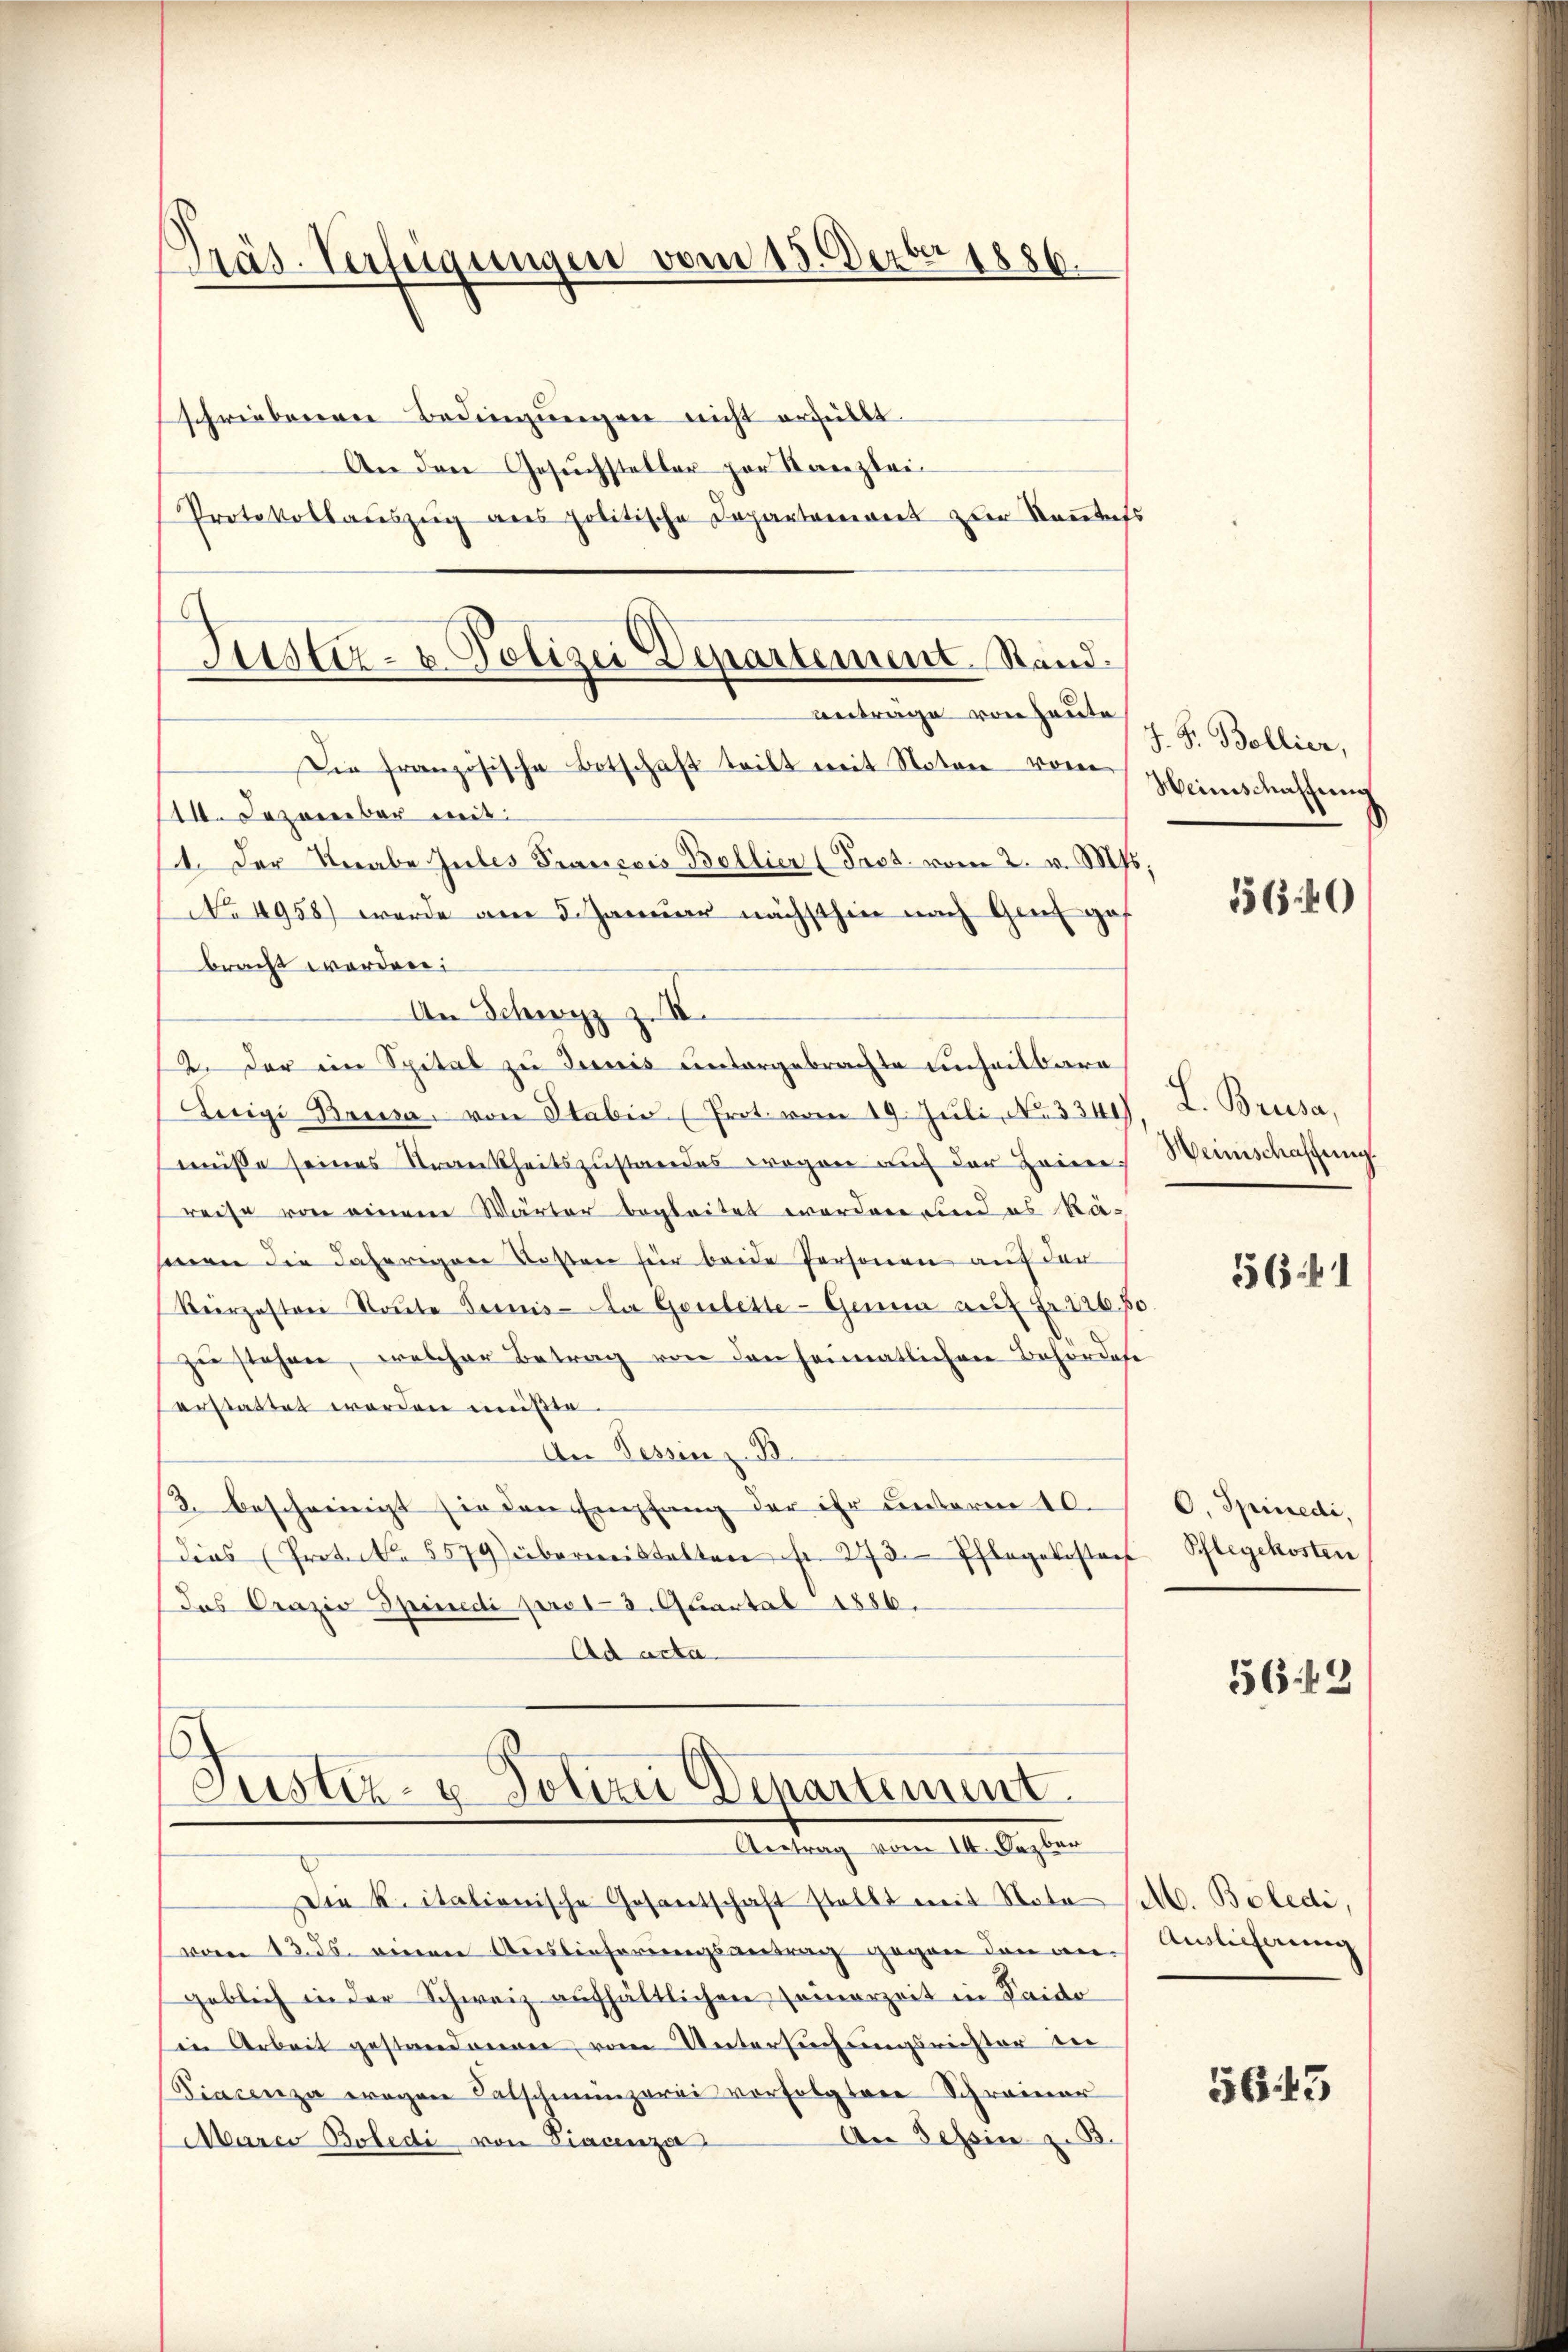
sschriebenen Bedingŭngen nicht erfüllt
An den Gesŭchsteller par Kanzlei-
Protokollauszug aus politische Departement zur Kautets

Präs. Verfügungen vom 15. Dezbr 1886.

Anträge von heute
Die französische Botschaft teilt mit Noten vom
10. Jezoceeber mit
1. Der Knabe Jubes Prançois Bellier (Pass. vom 2. v. Mts.
No 4958) wurde am 5. Januar nächsthin nach Genf ga
bracht worden:
An Schwyz z. B.
2. Der ein Spital zu Jenis untergebrachte unheilbare
Luigi Bressa von Stabis (Prot. vom 19. Juli, No. 334)
müsse seines Krankheitszustandes wegen auf der Heimreise von einem Wärter begleitet worden und es Rasenen die daherigen Kosten für beide Personen auf der
Kerzestrei Soute Bernis - Da Goulette - Genua auf Fr. 126. 50
zu stehen, welcher Betrag von den heimatlichen Behördese
erstattet worden müßte.
An Tessin z. B.
3. bescheinigt sie den Empfang der ihr unterm 10.
Dies (Protecl. 5579 übermeistalten fr. 273. Pflegekosten Schlegekosten
Das Orazis Spinedi pro 13. Quartal 1886.
Ad acta

Justiz- & Polizei Departement Stand.

Justiz- & Polizei Departement.
Antrag vom 14. Dezber

Die K. italienische Gesantschaft stellt mit Noto (M. Boledi
vom 12. ds. einen Auslieferungsantrag gegen den an Auslicherung
geblich in der Schweiz aufhältlichen seinerzeit in Saido
in Arbeit gestandonen, vom Untersuchungsmeister in
Piacenza wegen Patschmunzerei verfolgten Schreiner
An Tessin z. B.
Marco Boledi von Fiacenza

J. F. Bollier,
Weinschaffung

15640

L. Brusa,
Weinschaffung.

556 f 1

O. Spinedi,

563

56. 43